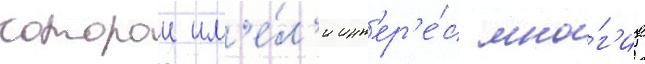
которои им'е́л'и инт'ер'е́с мно́г'ие